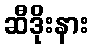
ဆီဒိုးနား